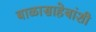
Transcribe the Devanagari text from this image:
बाळासाहेबांशी